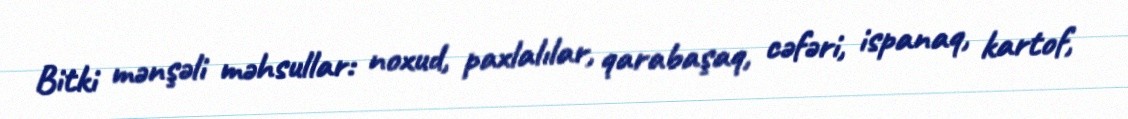
Bitki mənşəli məhsullar: noxud, paxlalılar, qarabaşaq, cəfəri, ispanaq, kartof,